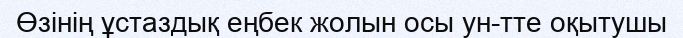
Өзiнiң ұстаздық еңбек жолын осы ун-тте оқытушы